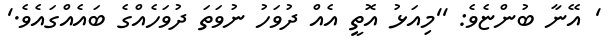
' އޭނާ ބުންޏެވެ: ''މިއަޅު އޮތީ އެއް ދުވަހު ނުވަތަ ދުވަހެއްގެ ބައެއްގައެވެ.'